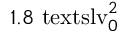
1 . 8 \ensuremath { \mathrm { \ t e x t s l { v } } _ { 0 } } ^ { 2 }